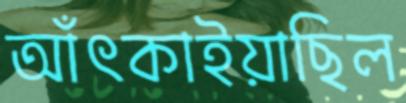
আঁৎকাইয়াছিল